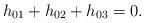
LaTeX: \begin{align*} h_{01} + h_{02} + h_{03} = 0.\end{align*}